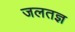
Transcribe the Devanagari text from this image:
जलतज्ञ